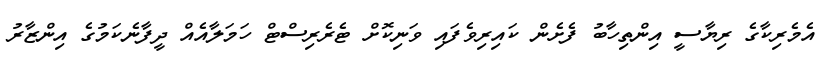
އެމެރިކާގެ ރިޔާސީ އިންތިހާބު ފެށެން ކައިރިވެފައި ވަނިކޮށް ޓެރެރިސްޓް ހަމަލާއެއް ދީފާނެކަމުގެ އިންޒާރު